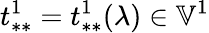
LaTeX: t_{**}^{1}=t_{**}^{1}(\lambda)\in\mathbb{V}^{1}